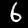
Digit: 6